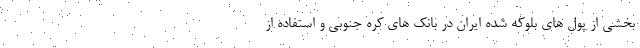
بخشی از پول های بلوکه شده ایران در بانک های کره جنوبی و استفاده از